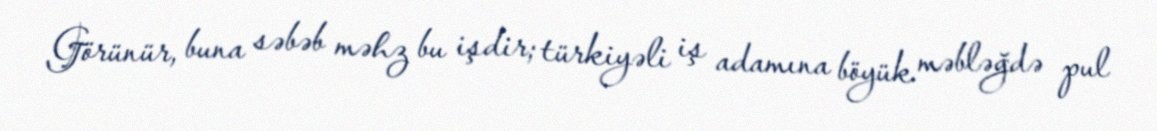
Görünür, buna səbəb məhz bu işdir; türkiyəli iş adamına böyük məbləğdə pul